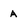
Character: A